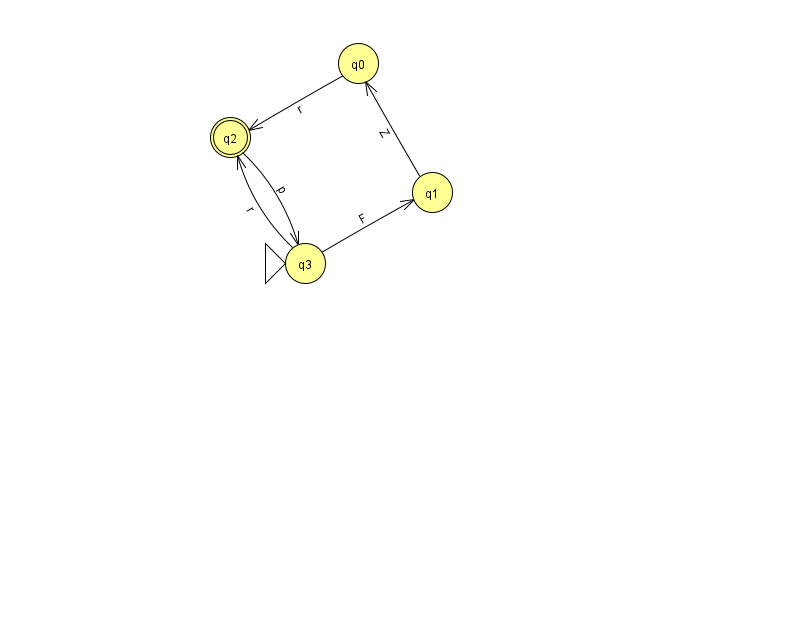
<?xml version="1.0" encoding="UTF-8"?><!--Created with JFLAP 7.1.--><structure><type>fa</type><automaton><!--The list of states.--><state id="0" name="q0"><x>358.0</x><y>50.0</y></state><state id="1" name="q1"><x>432.0</x><y>179.0</y></state><state id="2" name="q2"><x>230.0</x><y>124.0</y><final/></state><state id="3" name="q3"><x>305.0</x><y>250.0</y><initial/></state><!--The list of transitions.--><transition><from>1</from><to>0</to><read>Z</read></transition><transition><from>0</from><to>2</to><read>r</read></transition><transition><from>3</from><to>2</to><read>r</read></transition><transition><from>2</from><to>3</to><read>p</read></transition><transition><from>3</from><to>1</to><read>F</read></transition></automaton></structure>